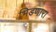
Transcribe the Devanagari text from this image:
भिडणारा